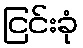
ငြင်းခုံ